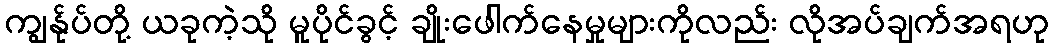
ကျွန်ုပ်တို့ ယခုကဲ့သို မူပိုင်ခွင့် ချိုးဖေါက်နေမှုများကိုလည်း လိုအပ်ချက်အရဟု